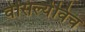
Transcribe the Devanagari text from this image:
वेसिल्येविच